Vaccination in Bombay 1856-1862 - 1856-1862
Year: 1856
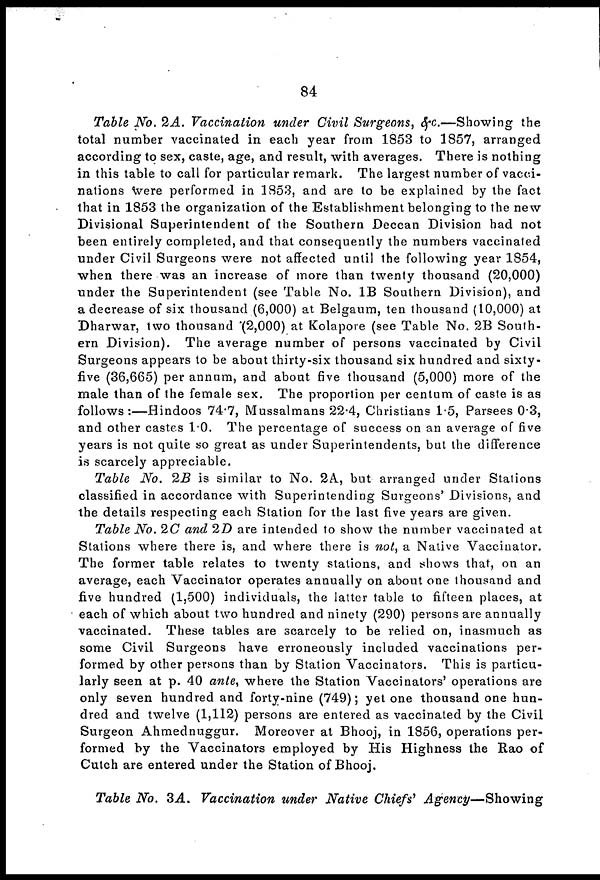
84
Table No. 2A. Vaccination under Civil Surgeons, &c.—Showing
the
total number vaccinated in each year from 1853 to 1857, arranged
according to sex, caste, age, and result, with averages. There is nothing
in this table to call for particular remark. The largest number of vacci-
nations were performed in 1853, and are to be explained by the fact
that in 1853 the organization of the Establishment belonging to the new
Divisional Superintendent of the Southern Deccan Division had not
been entirely completed, and that consequently the numbers vaccinated
under Civil Surgeons were not affected until the following year 1854,
when there was an increase of more than twenty thousand (20,000)
under the Superintendent (see Table No. 1B Southern Division), and
a decrease of six thousand (6,000) at Belgaum, ten thousand (10,000) at
Dharwar, two thousand (2,000) at Kolapore (see Table No. 2B South-
ern Division). The average number of persons vaccinated by Civil
Surgeons appears to be about thirty-six thousand six hundred and sixty-
five (36,665) per annum, and about five thousand (5,000) more of the
male than of the female sex. The proportion per centum of caste is as
follows :—Hindoos 74.7, Mussalmans 22.4, Christians 1.5, Parsees 0.3,
and other castes 1.0. The percentage of success on an average of five
years is not quite so great as under Superintendents, but the difference
is scarcely appreciable.
Table No. 2B is similar to No. 2A, but arranged under Stations
classified in accordance with Superintending Surgeons' Divisions, and
the details respecting each Station for the last five years are given.
Table No. 2C and 2D are intended to show the number vaccinated at
Stations where there is, and where there is not, a Native Vaccinator.
The former table relates to twenty stations, and shows that, on an
average, each Vaccinator operates annually on about one thousand and
five hundred (1,500) individuals, the latter table to fifteen places, at
each of which about two hundred and ninety (290) persons are annually
vaccinated. These tables are scarcely to be relied on, inasmuch as
some Civil Surgeons have erroneously included vaccinations per-
formed by other persons than by Station Vaccinators. This is particu-
larly seen at p. 40 ante, where the Station Vaccinators' operations are
only seven hundred and forty-nine (749); yet one thousand one hun-
dred and twelve (1,112) persons are entered as vaccinated by the Civil
Surgeon Ahmednuggur. Moreover at Bhooj, in 1856, operations per-
formed by the Vaccinators employed by His Highness the Rao of
Cutch are entered under the Station of Bhooj.
Table No. 3A. Vaccination under Native Chiefs'
Agency—Showing